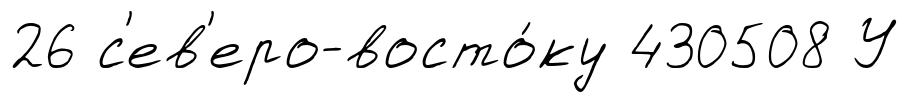
26 с'ев'еро-восто́ку 430508 У